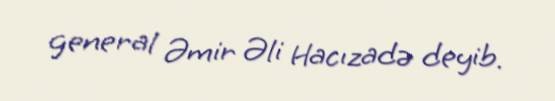
general Əmir Əli Hacızadə deyib.